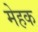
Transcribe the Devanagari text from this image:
मेहक